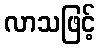
လာသဖြင့်